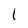
Character: l